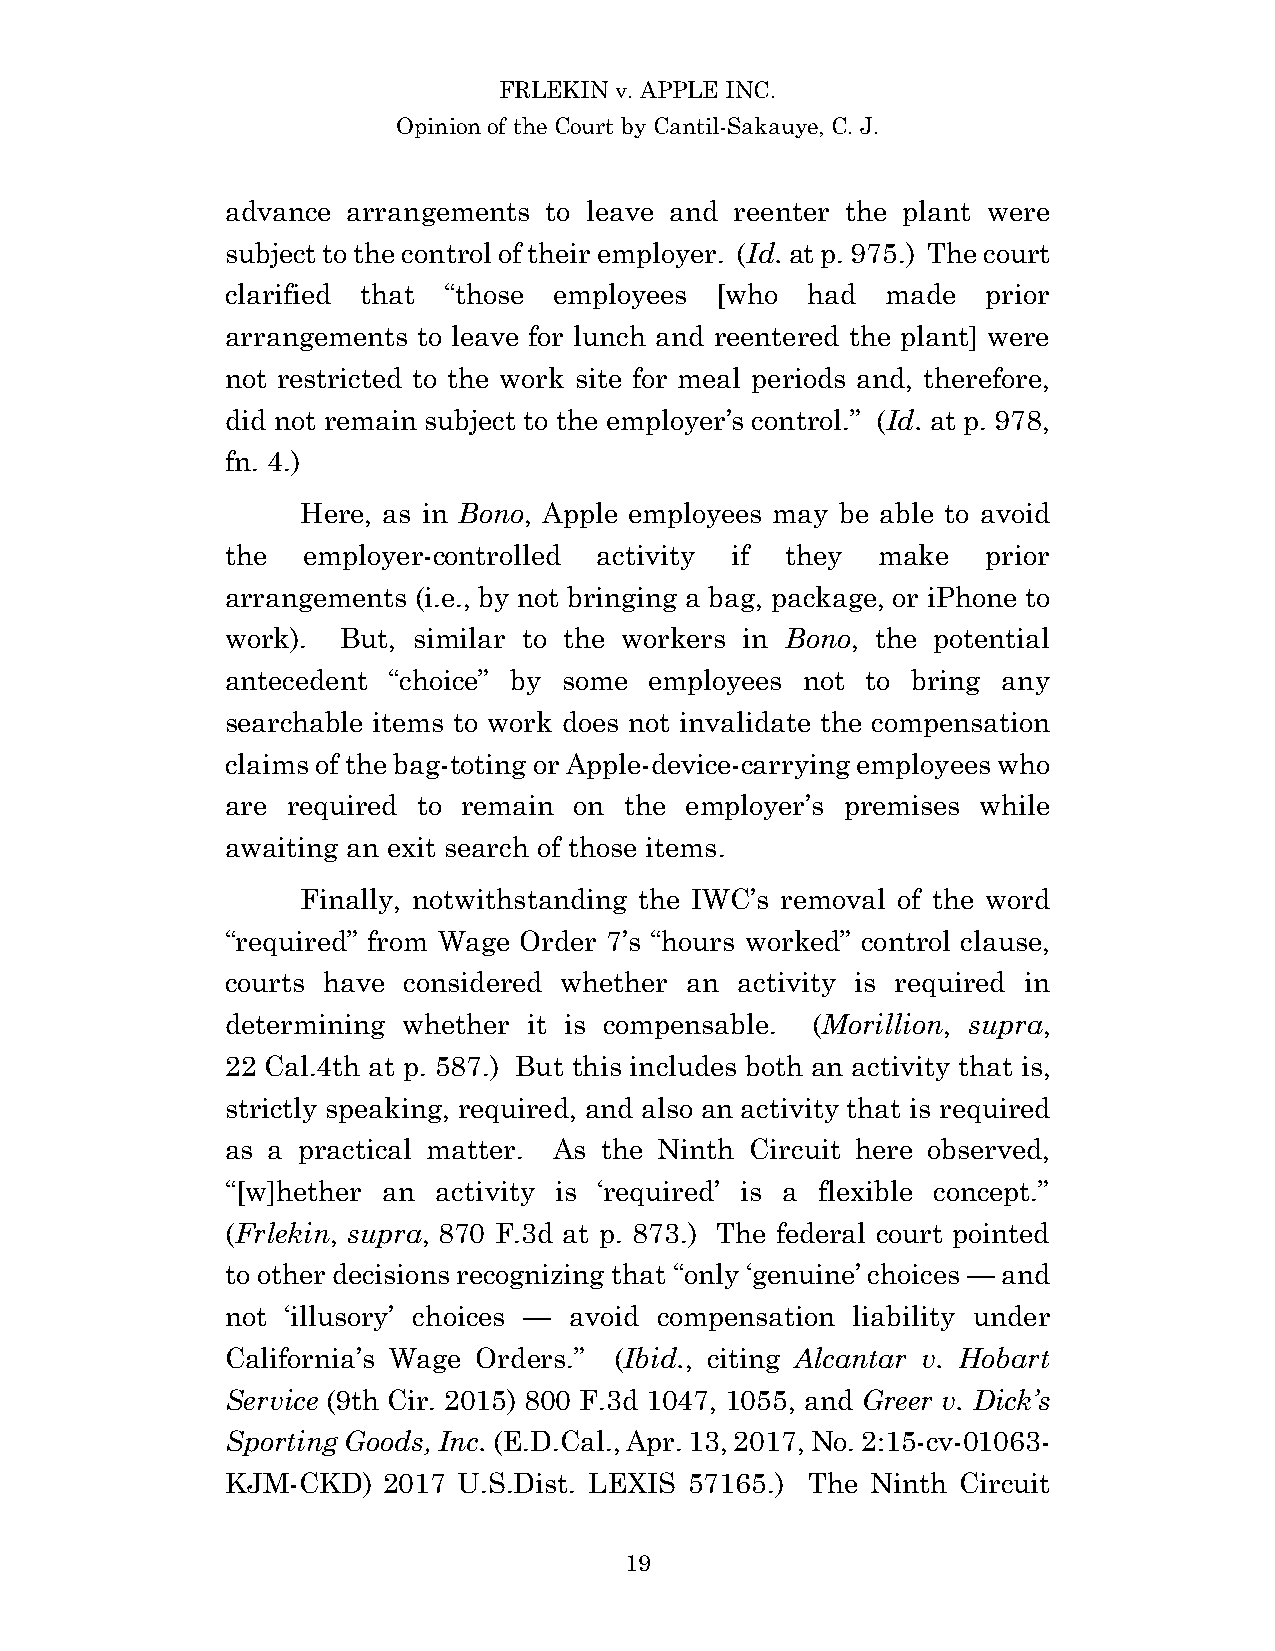
FRLEKIN v. APPLE INC.
 Opinion of the Court by Cantil-Sakauye, C. J.
 advance arrangements to leave and reenter the plant were
 subject to the control of their employer. (Id. at p. 975.) The court
 clarified that “those employees [who  had   made  prior
 arrangements to leave for lunch and reentered the plant] were
 not restricted to the work site for meal periods and, therefore,
 did not remain subject to the employer’s control.” (Id. at p. 978,
 fn. 4.)
 Here, as in Bono, Apple employees may be able to avoid
 the  employer-controlled activity if they  make   prior
 arrangements (i.e., by not bringing a bag, package, or iPhone to
 work).  But, similar to the workers in Bono, the potential
 antecedent “choice” by some employees not to bring any
 searchable items to work does not invalidate the compensation
 claims of the bag-toting or Apple-device-carrying employees who
 are required to remain on the employer’s premises while
 awaiting an exit search of those items.
 Finally, notwithstanding the IWC’s removal of the word
 “required” from Wage Order 7’s “hours worked” control clause,
 courts have considered whether an activity is required in
 determining whether it is compensable. (Morillion, supra,
 22 Cal.4th at p. 587.) But this includes both an activity that is,
 strictly speaking, required, and also an activity that is required
 as a practical matter. As the Ninth Circuit here observed,
 “[w]hether an activity is ‘required’ is a flexible concept.”
 (Frlekin, supra, 870 F.3d at p. 873.) The federal court pointed
 to other decisions recognizing that “only ‘genuine’ choices — and
 not ‘illusory’ choices — avoid compensation liability under
 California’s Wage Orders.” (Ibid., citing Alcantar v. Hobart
 Service (9th Cir. 2015) 800 F.3d 1047, 1055, and Greer v. Dick’s
 Sporting Goods, Inc. (E.D.Cal., Apr. 13, 2017, No. 2:15-cv-01063-
 KJM-CKD)  2017 U.S.Dist. LEXIS 57165.) The Ninth Circuit
 19